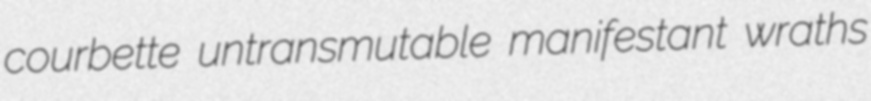
courbette untransmutable manifestant wraths